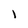
Character: l